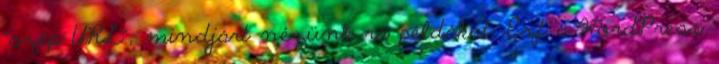
“szép URL”, mindjárt nézünk rá példákat. Ezt a WordPress